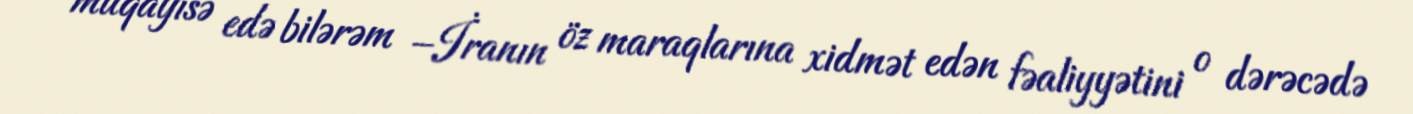
müqayisə edə bilərəm –İranın öz maraqlarına xidmət edən fəaliyyətini o dərəcədə